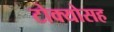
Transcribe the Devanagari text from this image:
टोक्योसह